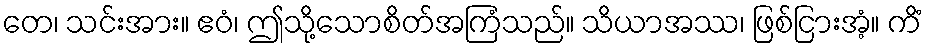
တေ၊ သင်းအား။ ဧဝံ၊ ဤသို့သောစိတ်အကြံသည်။ သိယာအဿ၊ ဖြစ်ငြားအံ့။ ကိံ